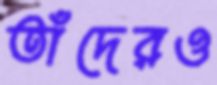
তাঁদেরও